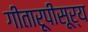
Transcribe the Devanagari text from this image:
गीतारूपीसूर्य